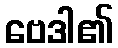
ဗေဒါ၏